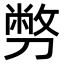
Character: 𠟈